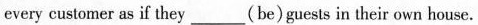
every customer as if they ___ (be)guests in their own house.